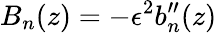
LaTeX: B_{n}(z)=-\epsilon^{2}b_{n}^{\prime\prime}(z)